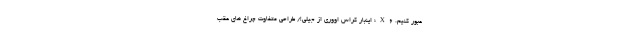
عبور کنیم. X6؛ اینبار کراس اووری از جیلی!/ طراحی متفاوت چراغ های عقب